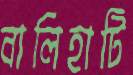
বালিহাটি